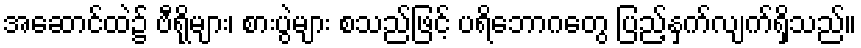
အဆောင်ထဲ၌ ဗီရိုများ၊ စားပွဲများ စသည်ဖြင့် ပရိဘောဂတွေ ပြည့်နှက်လျက်ရှိသည်။